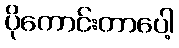
ပိုကောင်းတာပေါ့